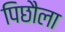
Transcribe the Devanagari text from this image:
पिछौला